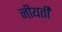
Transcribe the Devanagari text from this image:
नीयती